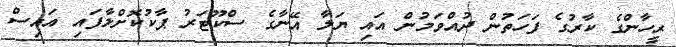
ރީހާންގެ ކާރުގެ ފަހަތުން ދުއްވަމުން އައި ޔަލާ އޭނާގެ ސްކޫޓަރު ޕާކުކޮށްލާފައި އައިސް